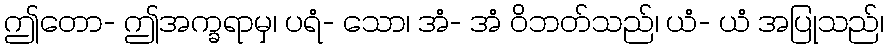
ဤတော- ဤအက္ခရာမှ၊ ပရံ- သော၊ အံ- အံ ဝိဘတ်သည်၊ ယံ- ယံ အပြုသည်၊